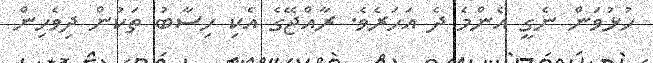
ހުޅުވަން ނެގީ އެންމެ ދެ އަހަރެވެ. ރާއްޖޭގެ އެކި ހިސާބު ތަކުން ދިވެހިން